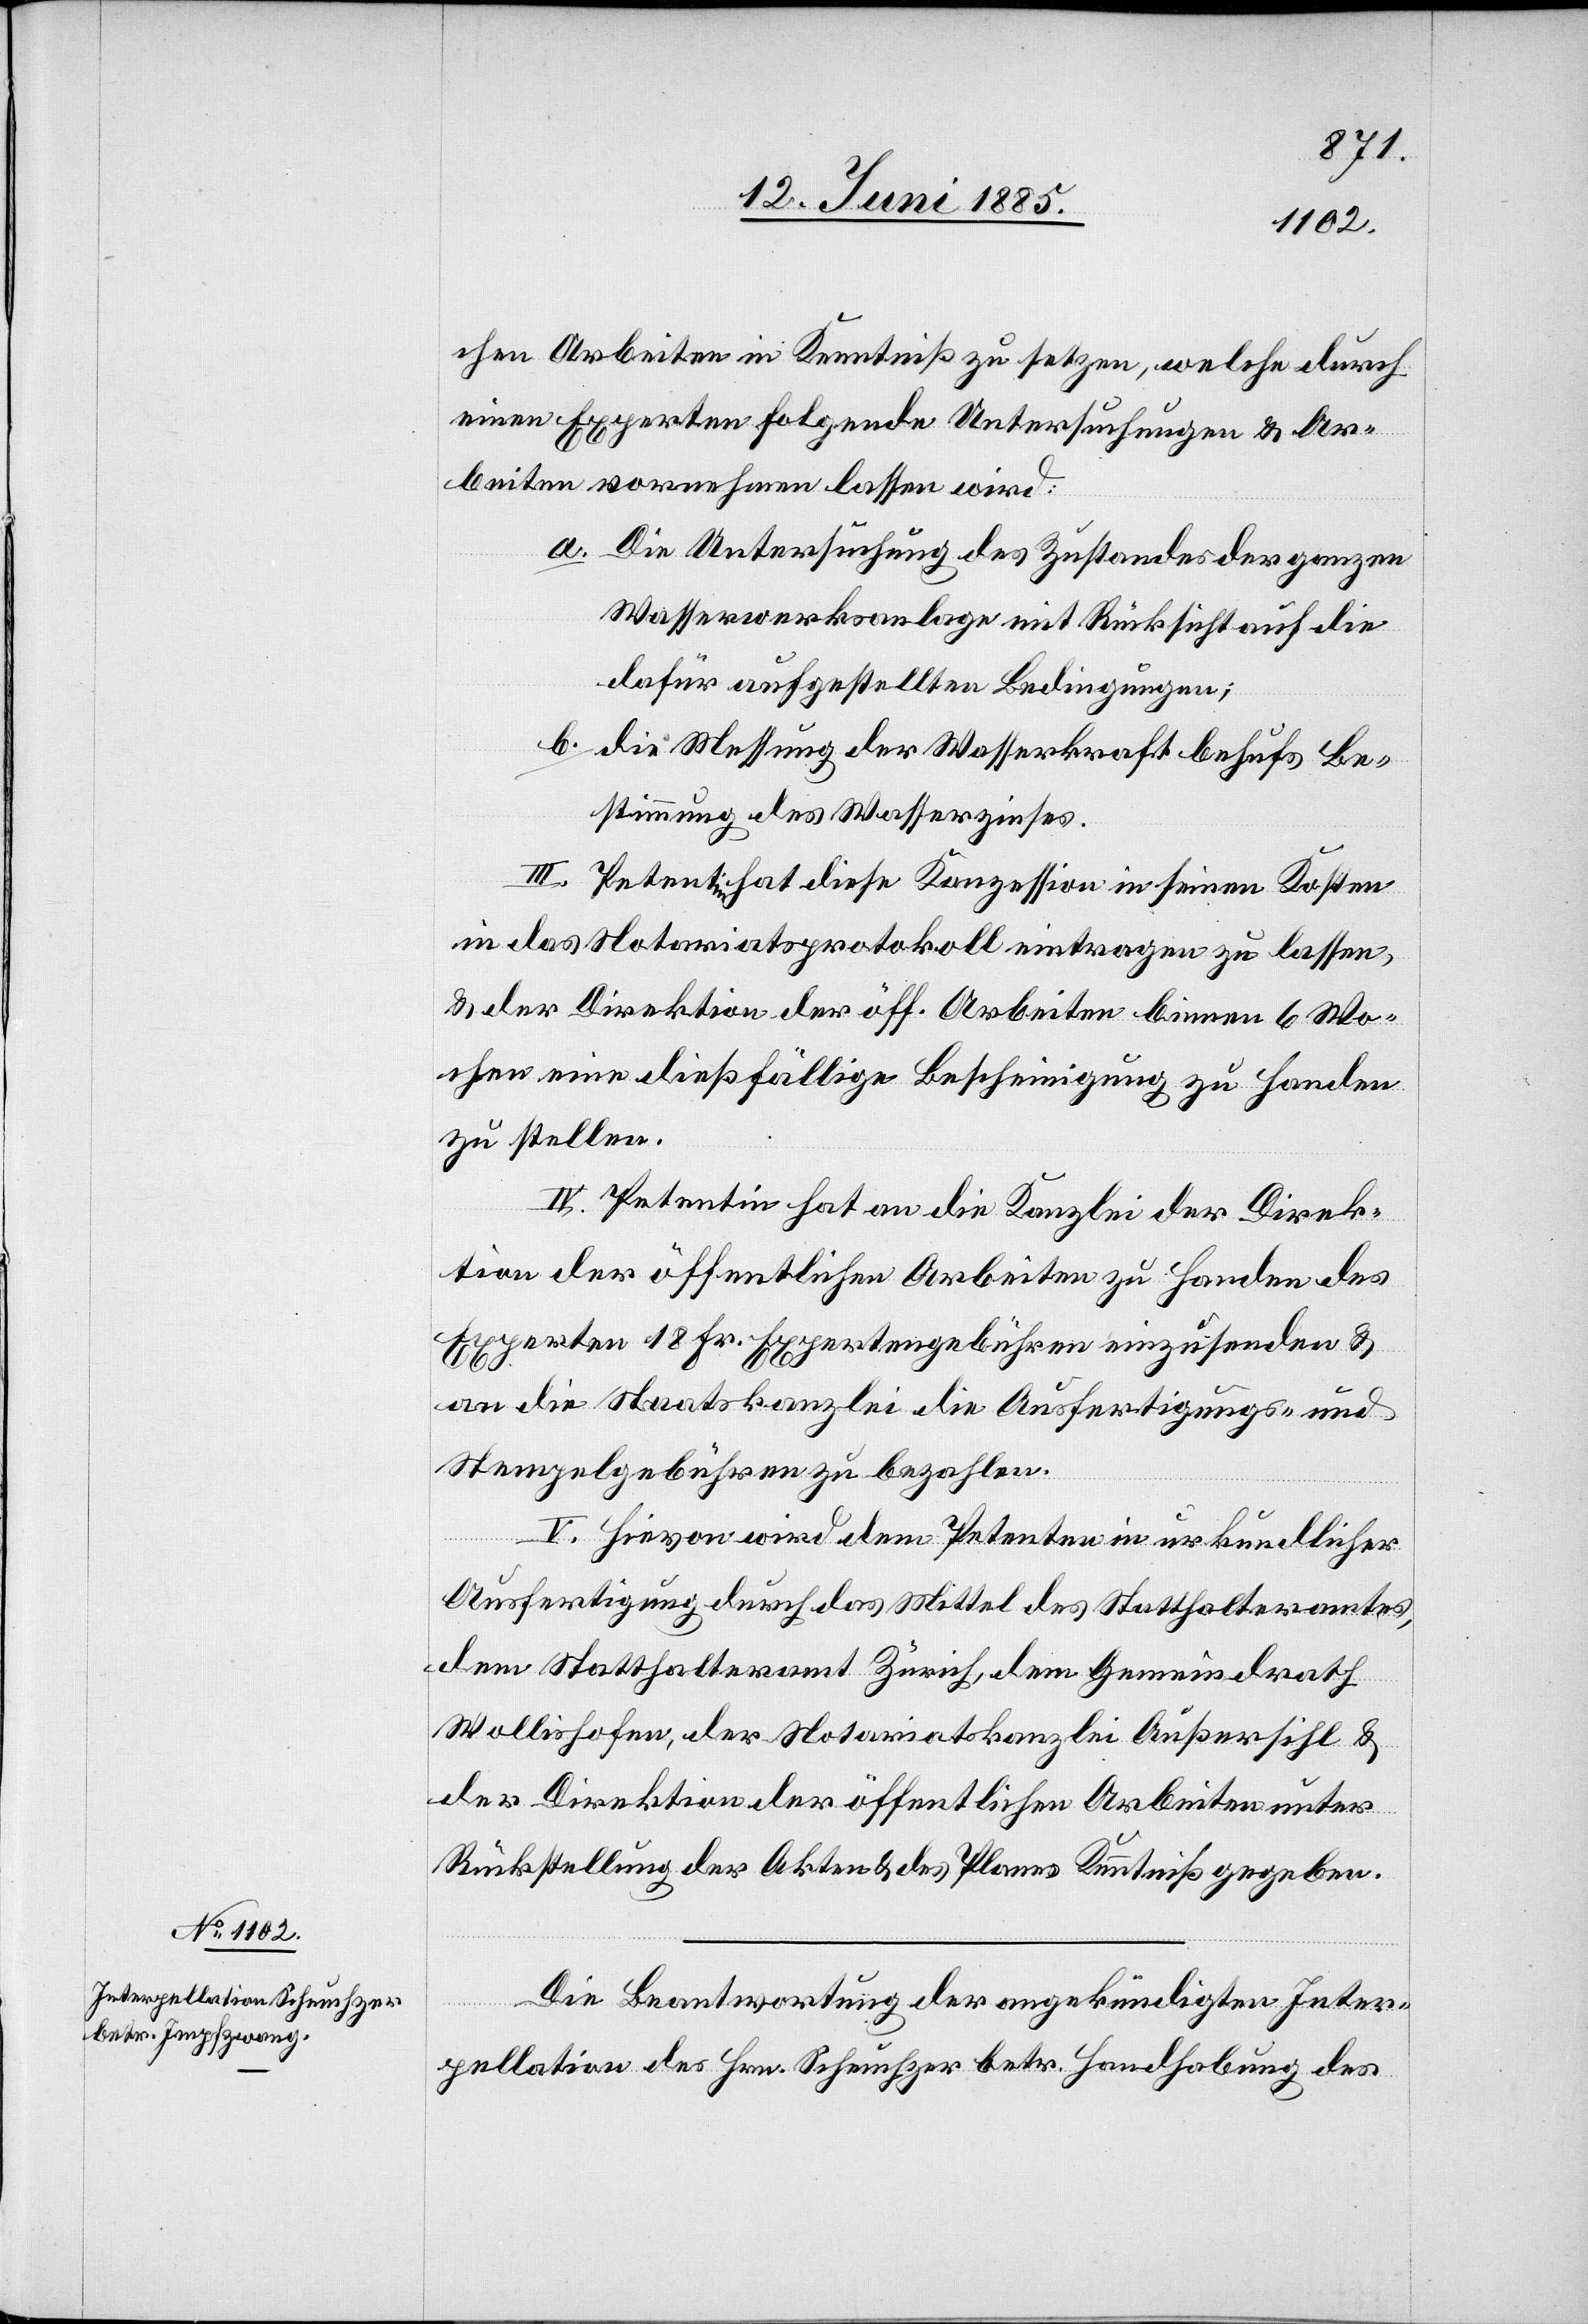
chen Arbeiten in Kenntniß zu setzen, welche durch
einen Experten folgende Untersuchungen & Ar¬
beiten vornehmen lassen wird:
a. Die Untersuchung des Zustandes der ganzen
Wasserwerksanlage mit Rücksicht auf die
dafür aufgestellten Bedingungen;
b. die Messung der Wasserkraft behufs Be¬
stimmung des Wasserzinses.
III. Petent hat diese Konzession in seinen Kosten
in das Notariatsprotokoll eintragen zu lassen,
& der Direktion der öff. Arbeiten binnen 6 Wo¬
chen eine dießfällige Bescheinigung zu Handen
zu stellen.
IV. Petentin hat an die Kanzlei der Direk¬
tion der öffentlichen Arbeiten zu Handen des
Experten 18 Fr. Expertengebühren einzusenden &
an die Staatskanzlei die Ausfertigungs- und
Stempelgebühren zu bezahlen.
V. Hievon wird dem Petenten in urkundlicher
Ausfertigung durch das Mittel des Statthalteramtes,
dem Statthalteramt Zürich, dem Gemeindrath
Wollishofen, der Notariatskanzlei Außersihl &
der Direktion der öffentlichen Arbeiten unter
Rückstellung der Akten & des Planes Kenntniß gegeben.
Die Beantwortung der angekündigten Inter¬
pellation des Hrn. Scheuchzer betr. Handhabung des